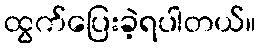
ထွက်ပြေးခဲ့ရပါတယ်။